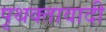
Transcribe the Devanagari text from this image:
पृथक्तावादी